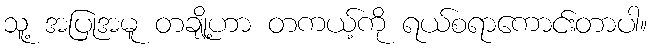
သူ့ အပြုအမူ တချို့ဟာ တကယ့်ကို ရယ်စရာကောင်းတာပါ။